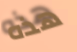
هذه